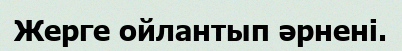
Жерге ойлантып әрнені.